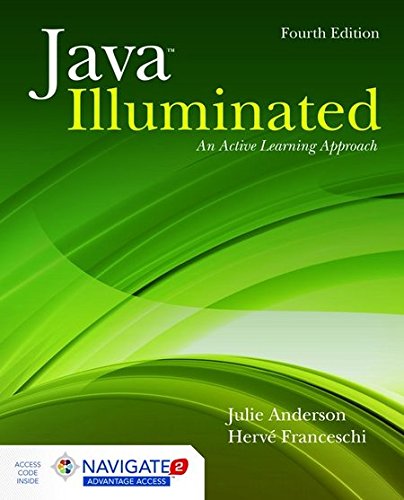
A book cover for Java Illuminated: An Active Learning Approach; Julie Anderson; Computers & Technology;